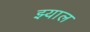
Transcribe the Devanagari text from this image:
झ्याल